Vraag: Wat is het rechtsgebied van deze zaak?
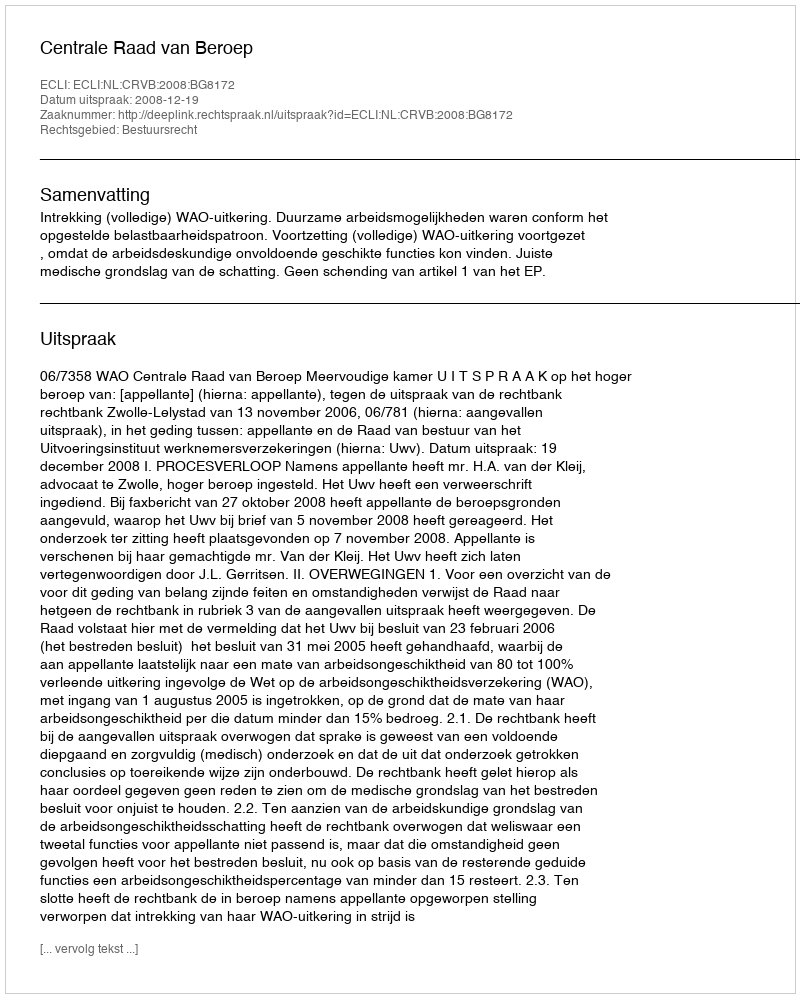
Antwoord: Bestuursrecht